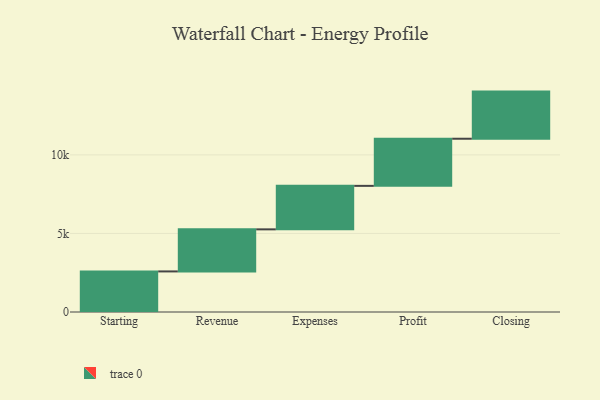
{"axis": {"x": "Step", "y": "Value"}, "legend": [""], "data": [{"x": "Starting", "y": 2583.0, "type": ""}, {"x": "Revenue", "y": 2678.0, "type": ""}, {"x": "Expenses", "y": 2769.0, "type": ""}, {"x": "Profit", "y": 3000, "type": ""}, {"x": "Closing", "y": 3000, "type": ""}]}